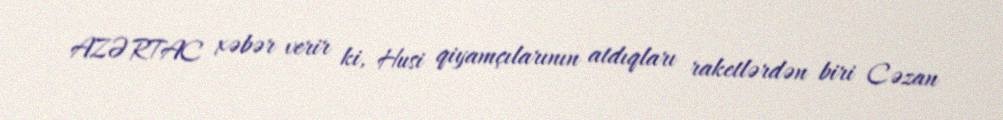
AZƏRTAC xəbər verir ki, Husi qiyamçılarının atdıqları raketlərdən biri Cəzan